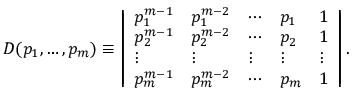
D ( p _ { 1 } , \ldots , p _ { m } ) \equiv \left| \begin{array} { l l l l l } { { p _ { 1 } ^ { m - 1 } } } & { { p _ { 1 } ^ { m - 2 } } } & { { \cdots } } & { { p _ { 1 } } } & { { 1 } } \\ { { p _ { 2 } ^ { m - 1 } } } & { { p _ { 2 } ^ { m - 2 } } } & { { \cdots } } & { { p _ { 2 } } } & { { 1 } } \\ { { \vdots } } & { { \vdots } } & { { \vdots } } & { { \vdots } } & { { \vdots } } \\ { { p _ { m } ^ { m - 1 } } } & { { p _ { m } ^ { m - 2 } } } & { { \cdots } } & { { p _ { m } } } & { { 1 } } \end{array} \right| .